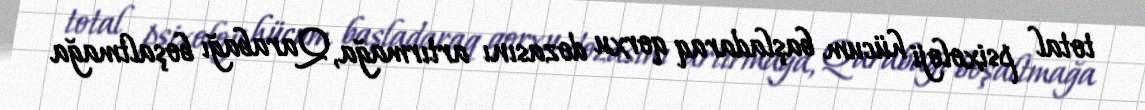
total psixoloji hücum başladaraq qorxu dozasını artırmağa, Qarabağı boşaltmağa